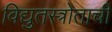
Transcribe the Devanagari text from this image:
विद्युतस्त्रोताची